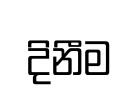
දිනීම